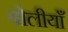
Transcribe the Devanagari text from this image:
बोलीयाँ